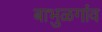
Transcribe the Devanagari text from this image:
बाभुळगांव